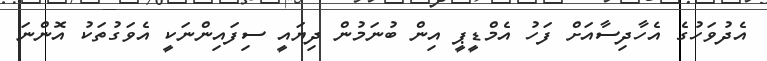
އެދުވަހުގެ އެހާދިސާއަށް ފަހު އެމްޑީޕީ އިން ބުނަމުން ދިޔައީ ސިފައިންނަކީ އެވަގުތަކު އޮންނަ